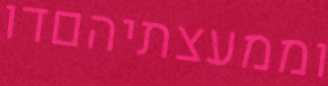
וממעצתיהםדו